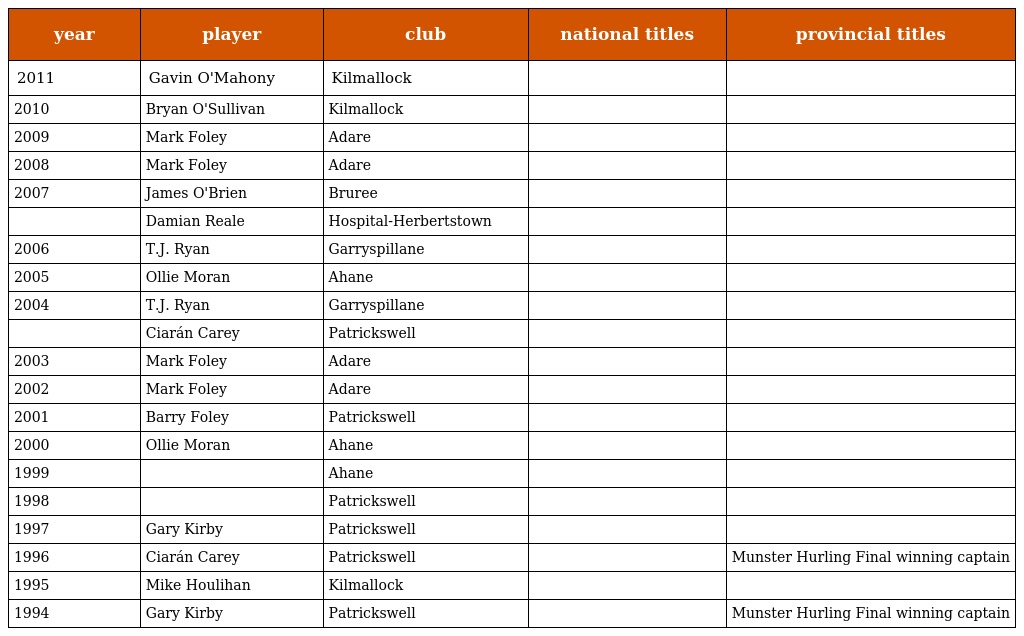
| year | player | club | national titles | provincial titles |
 | --- | --- | --- | --- | --- |
 | 2011 | Gavin O'Mahony | Kilmallock |  |  |
 | 2010 | Bryan O'Sullivan | Kilmallock |  |  |
 | 2009 | Mark Foley | Adare |  |  |
 | 2008 | Mark Foley | Adare |  |  |
 | 2007 | James O'Brien | Bruree |  |  |
 |  | Damian Reale | Hospital-Herbertstown |  |  |
 | 2006 | T.J. Ryan | Garryspillane |  |  |
 | 2005 | Ollie Moran | Ahane |  |  |
 | 2004 | T.J. Ryan | Garryspillane |  |  |
 |  | Ciarán Carey | Patrickswell |  |  |
 | 2003 | Mark Foley | Adare |  |  |
 | 2002 | Mark Foley | Adare |  |  |
 | 2001 | Barry Foley | Patrickswell |  |  |
 | 2000 | Ollie Moran | Ahane |  |  |
 | 1999 |  | Ahane |  |  |
 | 1998 |  | Patrickswell |  |  |
 | 1997 | Gary Kirby | Patrickswell |  |  |
 | 1996 | Ciarán Carey | Patrickswell |  | Munster Hurling Final winning captain |
 | 1995 | Mike Houlihan | Kilmallock |  |  |
 | 1994 | Gary Kirby | Patrickswell |  | Munster Hurling Final winning captain |